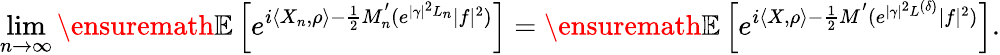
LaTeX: \operatorname*{lim}_{n\to\infty}{\ensuremath{\mathbb E}}\left[e^{i\langle X_{n},\rho\rangle-\frac{1}{2}M_{n}^{'}(e^{|\gamma|^{2}L_{n}}|f|^{2})}\right]={\ensuremath{\mathbb E}}\left[e^{i\langle X,\rho\rangle-\frac{1}{2}M^{'}(e^{|\gamma|^{2}L^{(\delta)}}|f|^{2})}\right].